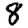
Digit: 8